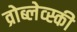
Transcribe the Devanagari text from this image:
व्रोब्लेव्स्की